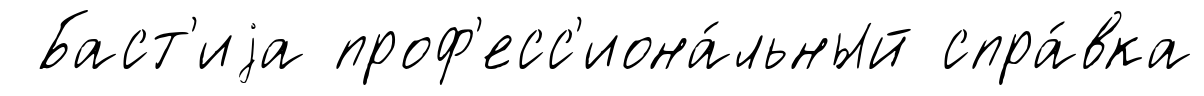
Баст'иjа проф'есс'иона́льный спра́вка